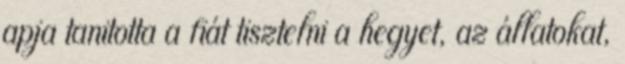
apja tanitotta a fiát tisztelni a hegyet, az állatokat,